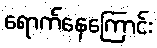
ရောက်နေကြောင်း